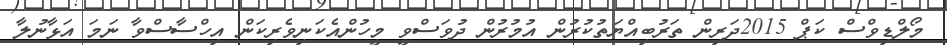
މޯލްޑިވްސް ކަޕް 2015ދަރިން ތަރުބިއްޔަތުކުރުން އުމުރުން ދުވަސްވީ މީހުންއެކަނިވެރިކަން އިހްސާސްވާ ނަމަ އަޅާނުލާ